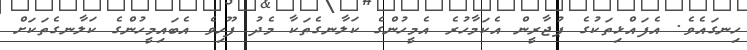
ހިނގައެވެ. އެފައްޅިތަކުގެ ޕުޖާރީން އެކަމާހުރެ އެމީހުންގެ ކަލާނގެތަކާ މެދު ފޫހިވެ އެބައިމީހުންގެ ކަލާނގެތަކަށް